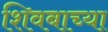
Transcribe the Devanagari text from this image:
शिवबाच्या